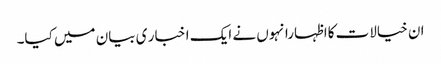
ان خیالات کااظہارانہوں نے ایک ا خبا ر ی بیان میں کیا۔